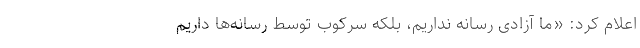
اعلام کرد: «ما آزادی رسانه نداریم، بلکه سرکوب توسط رسانه‌ها داریم